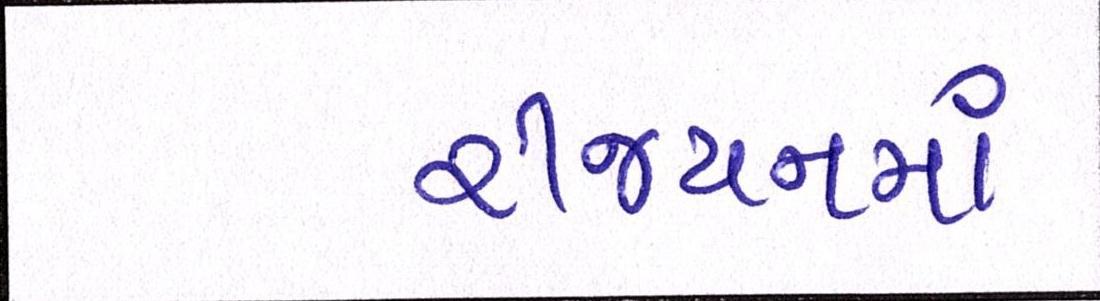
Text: રીજયનમાં